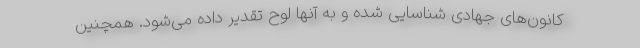
کانون‌های جهادی شناسایی شده و به آنها لوح تقدیر داده می‌شود. همچنین